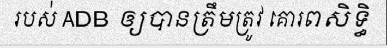
របស់ ADB ឲ្យបានត្រឹមត្រូវ គោរពសិទ្ធិ